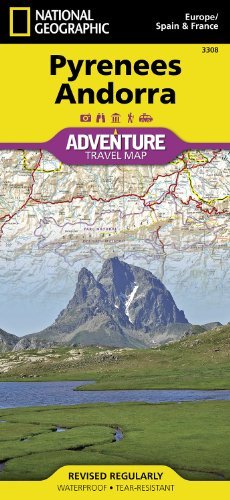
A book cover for By National Geographic Maps - Adv Pyrenees and Andorra: National Geographic: Adventure Map (National Geographic: Adventure Map (3308)) (2011); Travel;